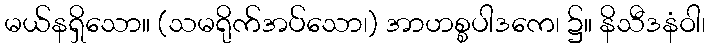
မယ်နရှိသော။ (သမရိုက်အပ်သော၊) အာဟစ္စပါဒကေ၊ ၌။ နိသီဒနံဝါ၊